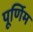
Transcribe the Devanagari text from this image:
पूर्णिम